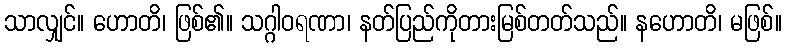
သာလျှင်။ ဟောတိ၊ ဖြစ်၏။ သဂ္ဂါဝရဏာ၊ နတ်ပြည်ကိုတားမြစ်တတ်သည်။ နဟောတိ၊ မဖြစ်။